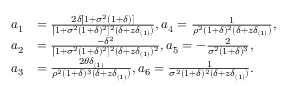
\begin{array} { r l } { a _ { 1 } } & { = \frac { 2 \delta [ 1 + \sigma ^ { 2 } ( 1 + \delta ) ] } { [ 1 + \sigma ^ { 2 } ( 1 + \delta ) ^ { 2 } ] ^ { 2 } ( \delta + z \delta _ { ( 1 ) } ) } , a _ { 4 } = \frac { 1 } { \rho ^ { 2 } ( 1 + \delta ) ^ { 2 } ( \delta + z \delta _ { ( 1 ) } ) } , } \\ { a _ { 2 } } & { = \frac { - \delta ^ { 2 } } { [ 1 + \sigma ^ { 2 } ( 1 + \delta ) ^ { 2 } ] ^ { 2 } ( \delta + z \delta _ { ( 1 ) } ) ^ { 2 } } , a _ { 5 } = - \frac { 2 } { \sigma ^ { 2 } ( 1 + \delta ) ^ { 3 } } , } \\ { a _ { 3 } } & { = \frac { 2 \theta \delta _ { ( 1 ) } } { \rho ^ { 2 } ( 1 + \delta ) ^ { 3 } ( \delta + z \delta _ { ( 1 ) } ) } , a _ { 6 } = \frac { 1 } { \sigma ^ { 2 } ( 1 + \delta ) ^ { 2 } ( \delta + z \delta _ { ( 1 ) } ) } . } \end{array}